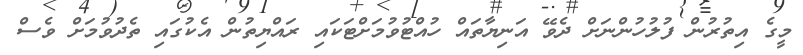
މީގެ އިތުރުން ފުލުހުންނަށް ދެވޭ އަނިޔާތައް ހުއްޓުވުމަށްޓަކައި ރައްޔިތުން އެކުގައި ތެދުވުމަށް ވެސް